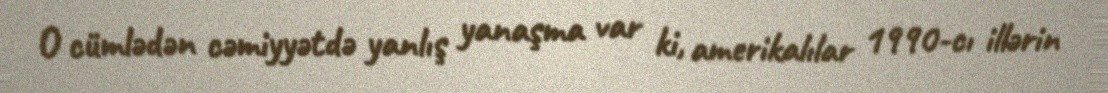
O cümlədən cəmiyyətdə yanlış yanaşma var ki, amerikalılar 1990-cı illərin